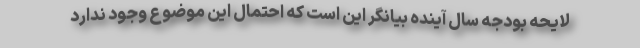
لایحه بودجه سال آینده بیانگر این است که احتمال این موضوع وجود ندارد